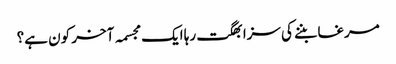
مرغا بننے کی سزا بھگت رہا ایک مجسمہ آخر کون ہے؟